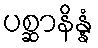
ပစ္ဆာနိန္နံ